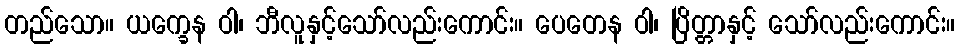
တည်သော။ ယက္ခေန ဝါ၊ ဘီလူနှင့်သော်လည်းကောင်း။ ပေတေန ဝါ၊ ပြိတ္တာနှင့် သော်လည်းကောင်း။